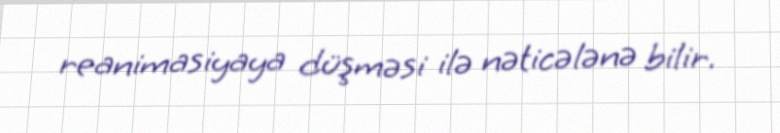
reanimasiyaya düşməsi ilə nəticələnə bilir.